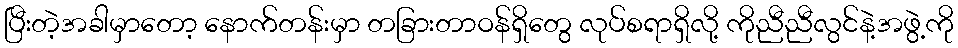
ပြီးတဲ့အခါမှာတော့ နောက်တန်းမှာ တခြားတာဝန်ရှိတွေ လုပ်စရာရှိလို့ ကိုညီညီလွင်နဲ့အဖွဲ့ကို